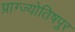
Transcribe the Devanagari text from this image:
प्राग्ज्योतिषपुर